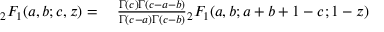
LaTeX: \begin{array} { r l } { { } _ { 2 } F _ { 1 } ( a , b ; c , z ) = { } } & { { } { \frac { \Gamma ( c ) \Gamma ( c - a - b ) } { \Gamma ( c - a ) \Gamma ( c - b ) } } { } _ { 2 } F _ { 1 } ( a , b ; a + b + 1 - c ; 1 - z ) } \end{array}